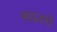
ભાદરલી